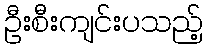
ဦးစီးကျင်းပသည့်